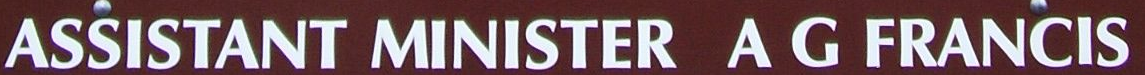
ASSISTANT MINISTER A G FRANCIS